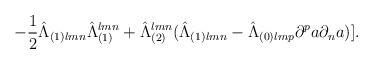
LaTeX: \begin{align*}-{1\over 2}{\hat\Lambda}_{(1)lmn}{\hat\Lambda}_{(1)}^{lmn}+{\hat\Lambda}^{lmn}_{(2)}({\hat\Lambda}_{(1)lmn}-{\hat\Lambda}_{(0)lmp}\partial^pa\partial_na)].\end{align*}